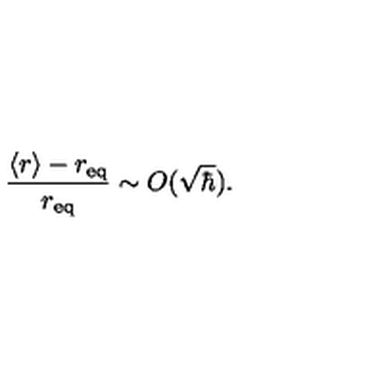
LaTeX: \frac { \langle r \rangle - r _ { \mathrm { e q } } } { r _ { \mathrm { e q } } } \sim O ( { \sqrt \hbar } ) .